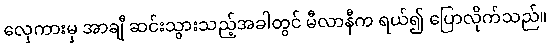
လှေကားမှ အာချီ ဆင်းသွားသည့်အခါတွင် မီလာနီက ရယ်၍ ပြောလိုက်သည်။